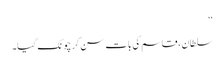
‘‘
سلطان ، قاسم کی بات سن کر چونک گیا۔